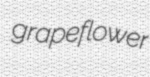
grapeflower